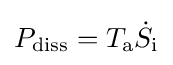
P_{\text{diss}}=T_{\text{a}}{\dot {S}}_{\text{i}}